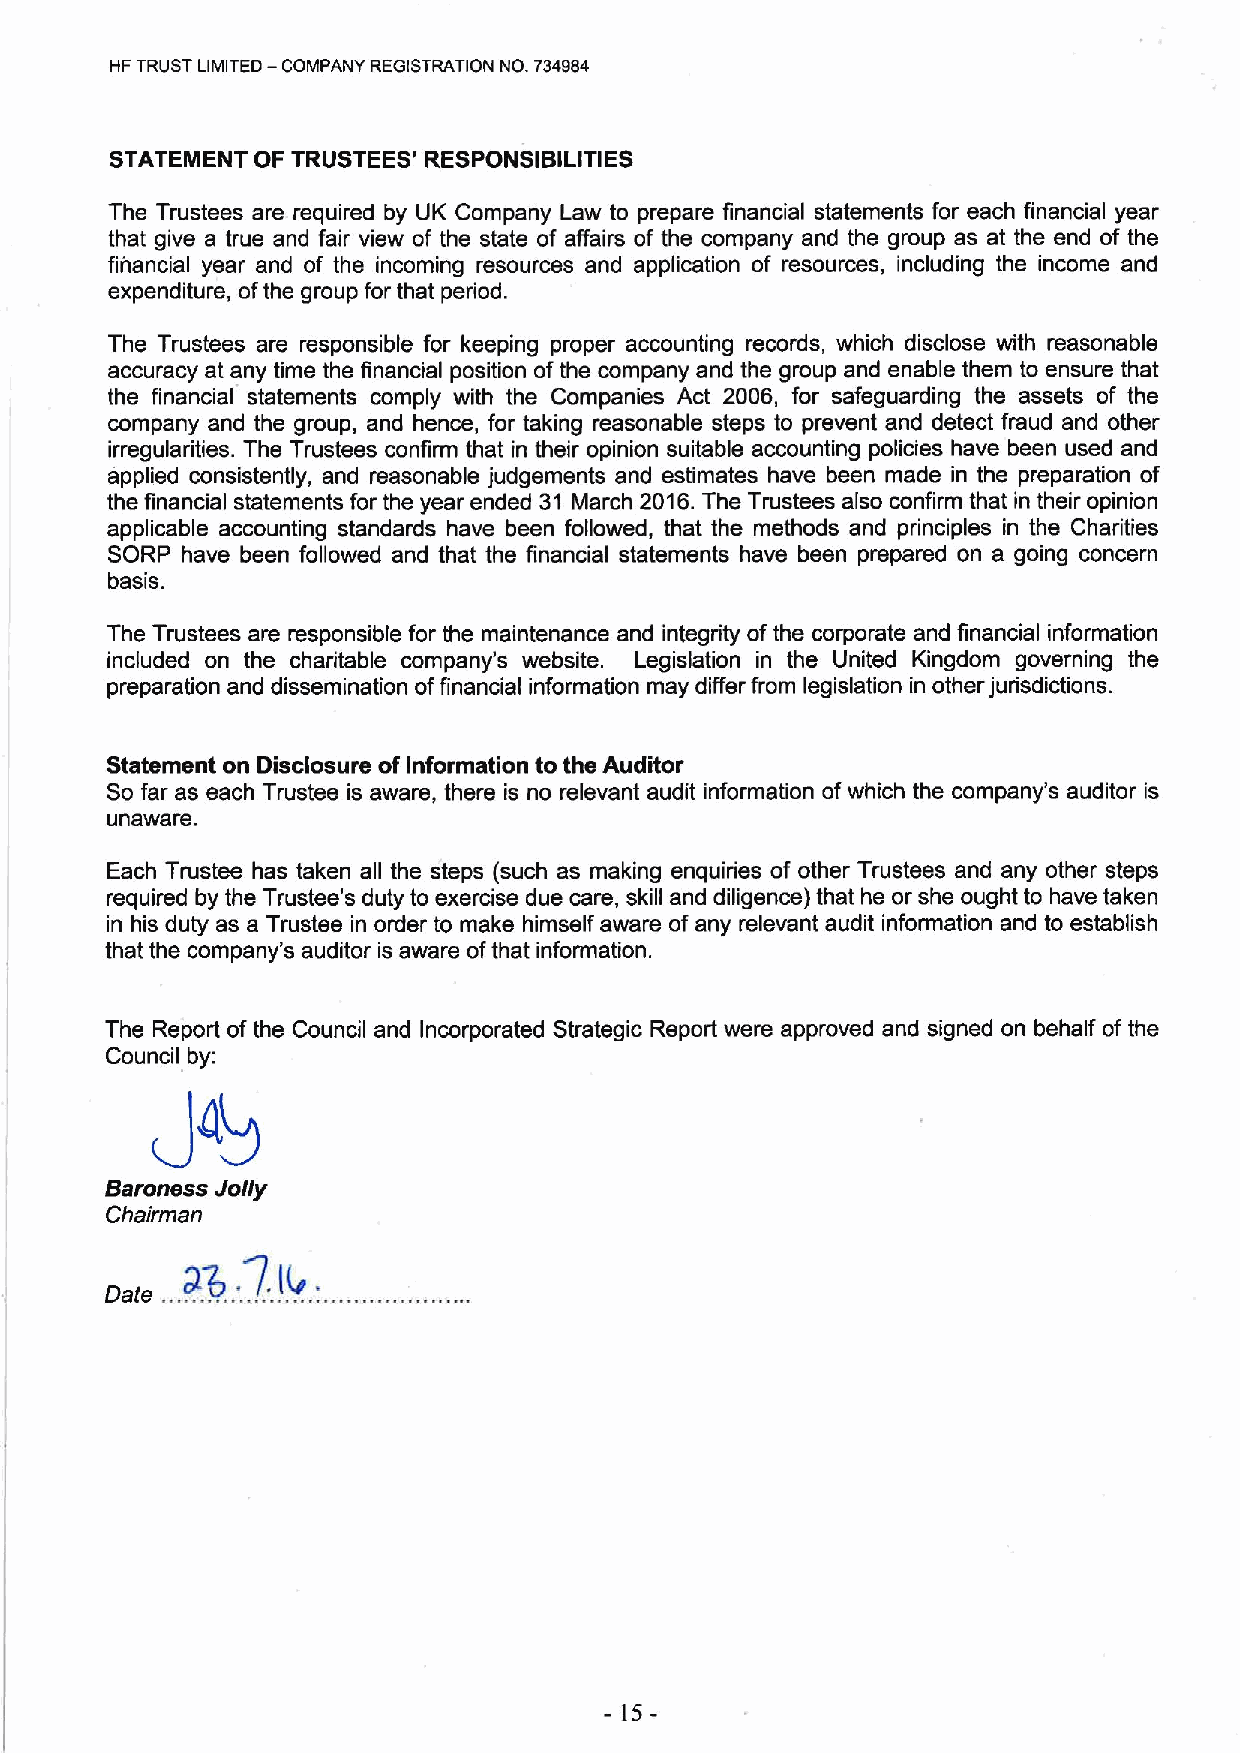
HF TRUST LIMITED — COMPANY REGISTRATION NO. 734984
 STATEMENT OF TRUSTEES' RESPONSIBILITIES
 The Trustees are required by UK Company Law to prepare financial statements for each financial year
 that give a true and fair view of the state of affairs of the company and the group as at the end of the
 financial year and of the incoming resources and application of resources, including the income and
 expenditure, ofthe group for that pediod.
 The Trustees are responsible for keeping proper accounting records, which disclose with reasonable
 accuracy at any time the financial position ofthe company and the group and enable them to ensure that
 the financial statements comply with the Companies Act 2006, for safeguarding the assets of the
 company and the group, and hence, for taking reasonable steps to prevent and detect fraud and other
 irregularities. The Trustees confirm that in their opinion suitable accounting policies have been used and
 applied consistently, and reasonable judgements and estimates have been made in the preparation of
 the financial statements for the year ended 31 March 2016.The Trustees also confirm that in their opinion
 applicable accounting standards have been followed, that the methods and principles in the Charities
 SORP have been followed and that the financial statements have been prepared on a going concern
 basis.
 The Trustees are responsible for the maintenance and integrity of the corporate and financial information
 included on the charitable company's website. Legislation in the United Kingdom governing the
 preparation and dissemination offinancial information may differ from legislation in other jurisdictions.
 Statement on Disclosure of Information to the Auditor
 So far as each Trustee is aware, there is no relevant audit information ofwhich the company's auditor is
 unaware.
 Each Trustee has taken all the steps (such as making enquiries of other Trustees and any other steps
 required by the Trustee's duty to exercise due care, skill and diligence) that he or she ought to have taken
 in his duty as a Trustee in order to make himself aware of any relevant audit information and to establish
 that the company's auditor is aware ofthat information.
 The Report ofthe Council and Incorporated Strategic Report were approved and signed on behalf of the
 Council by:
 Baroness Jolly
 Chairman
 -15-